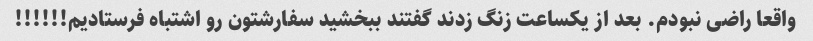
واقعا راضی نبودم. بعد از یکساعت زنگ زدند گفتند ببخشید سفارشتون رو اشتباه فرستادیم!!!!!!